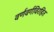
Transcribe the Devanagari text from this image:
वर्णवर्गविरहित